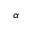
\alpha